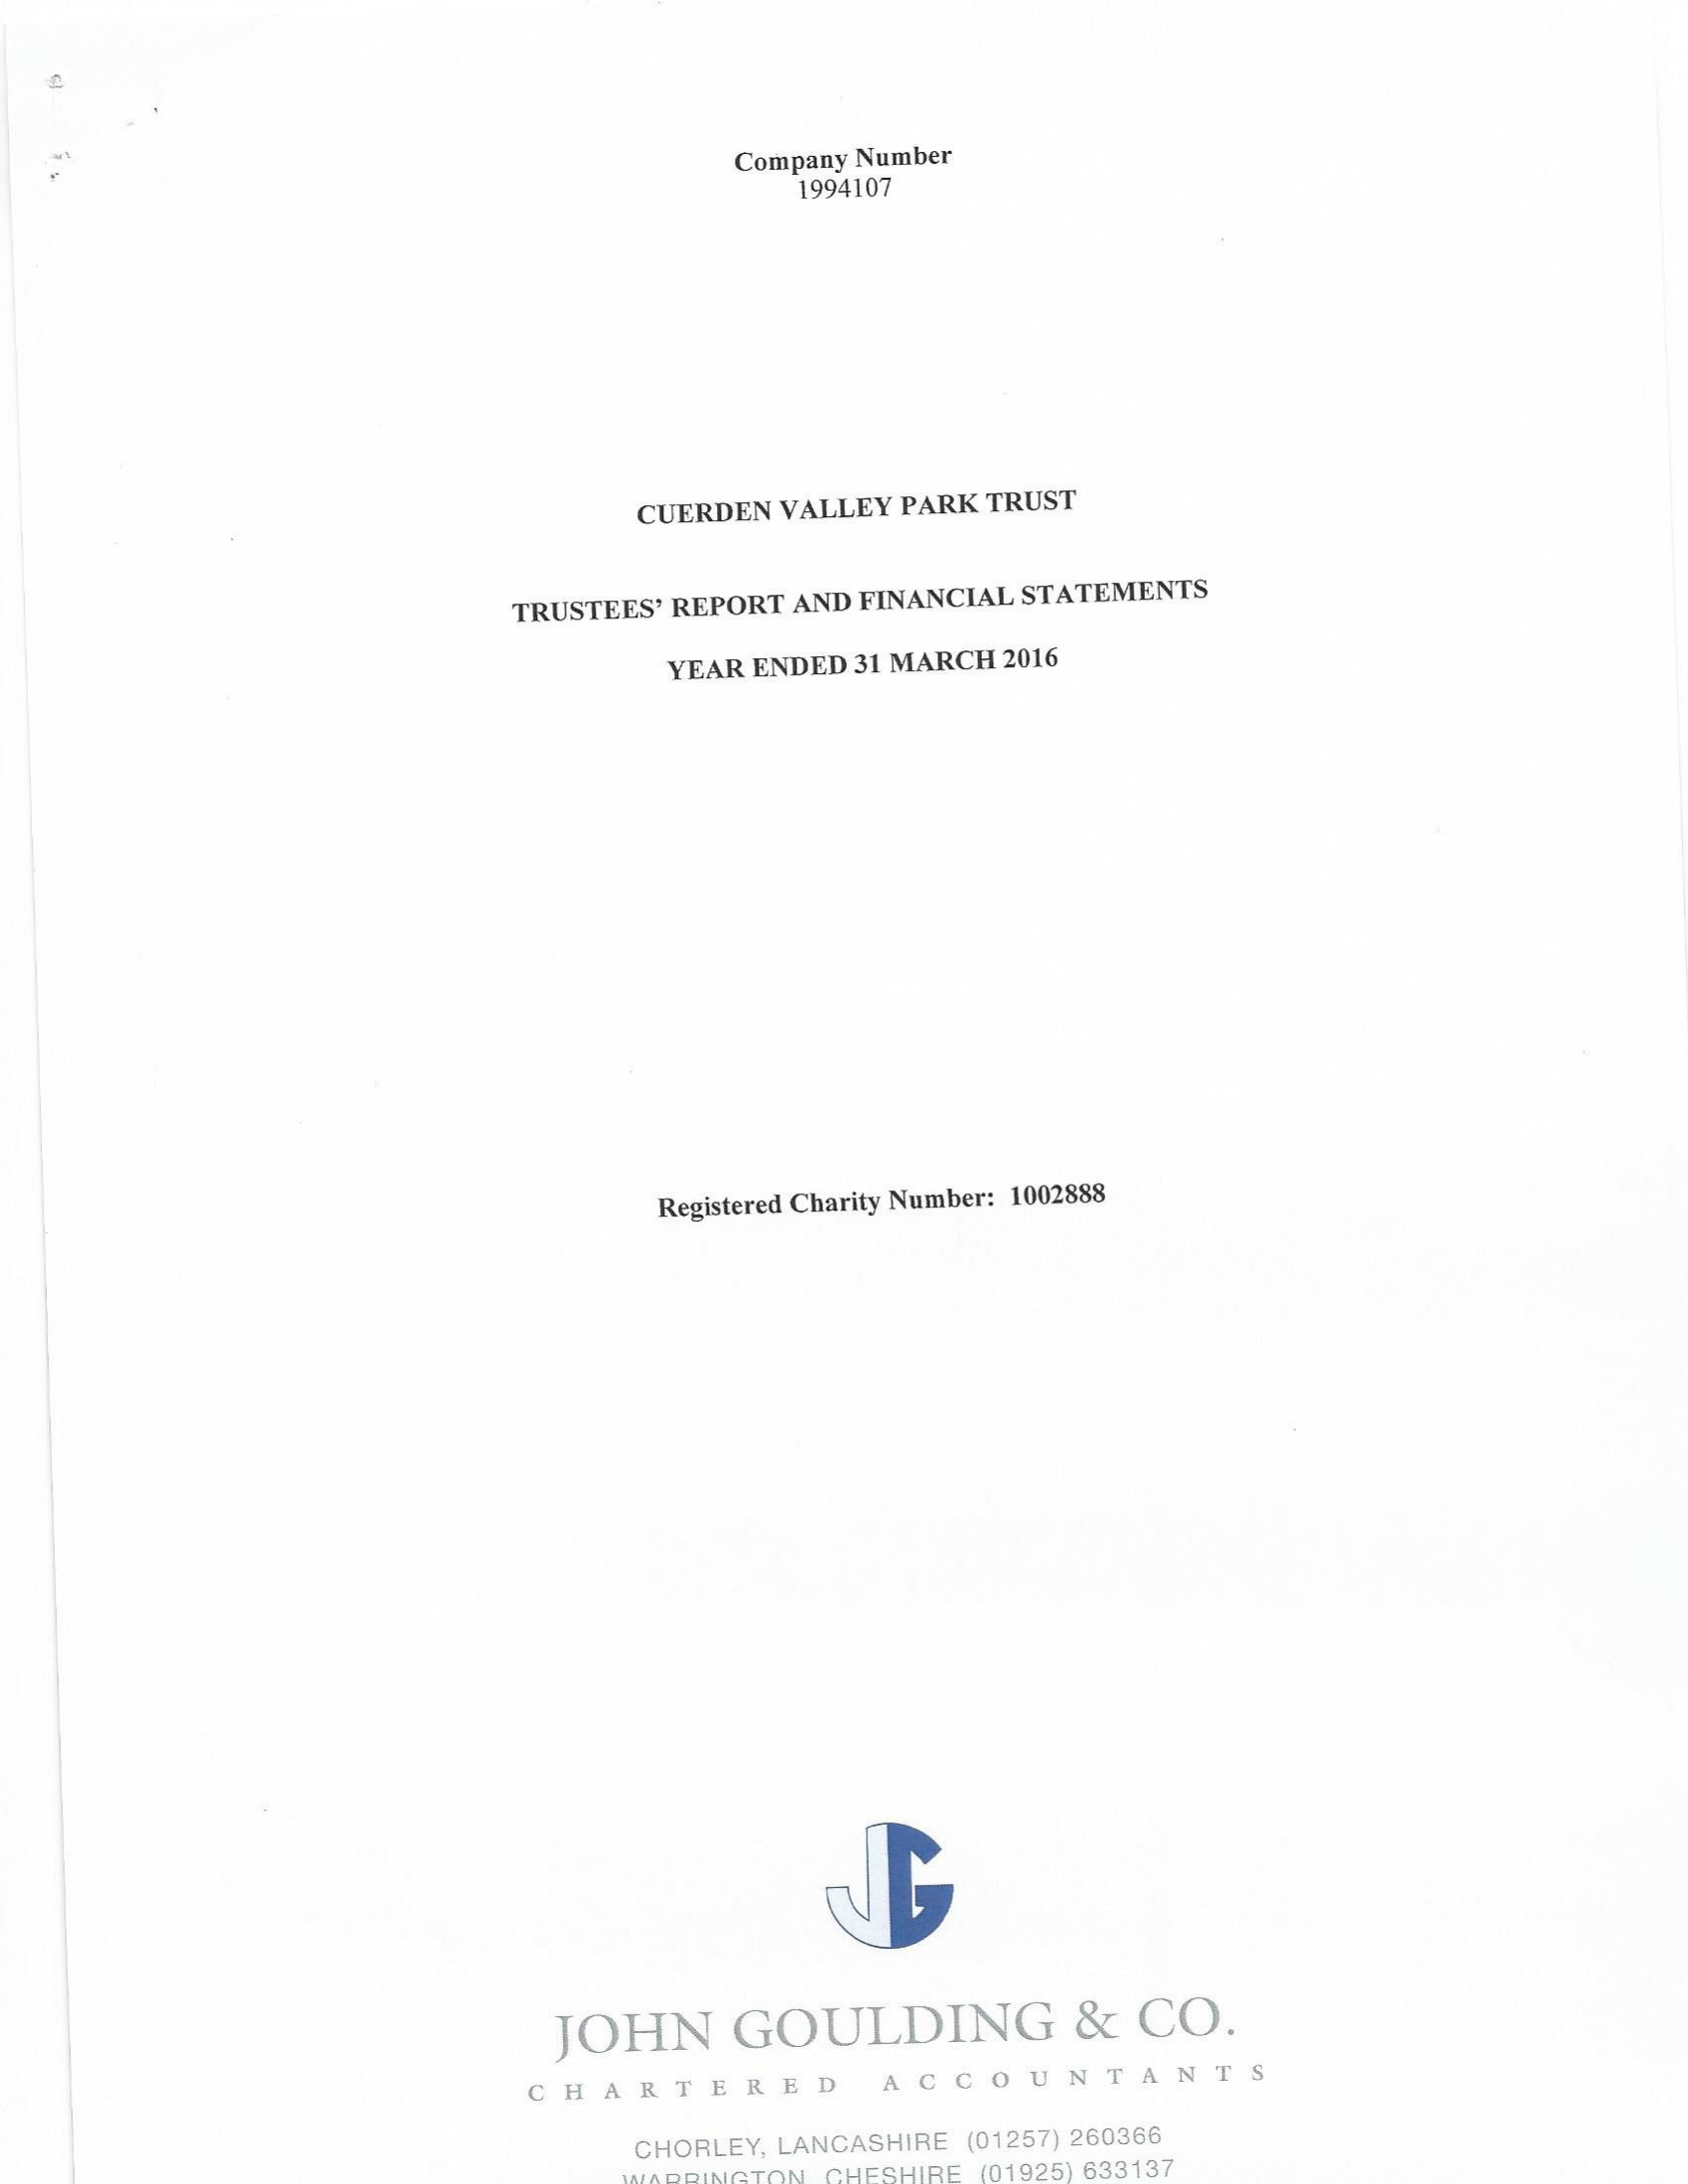
Company Number
     1994107
     CUERDEN VALLEY PARK TRUST
     TRUSTEES’ REPORT AND FINANCIAL STATEMENTS
     YEAR ENDED 31 MARCH 2016
     Registered Charity Number: 1002888
     JOHN    GOULDING    &  CO.
     g  ARTERED
     ACC()UNTANTS
     CHORLEY, LANCASHIRE (01257) 260366
     WA GBINCTON CHESHIRE (01925) 633137